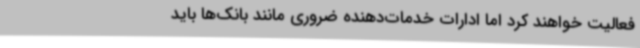
فعالیت خواهند کرد اما ادارات خدمات‌دهنده ضروری مانند بانک‌ها باید